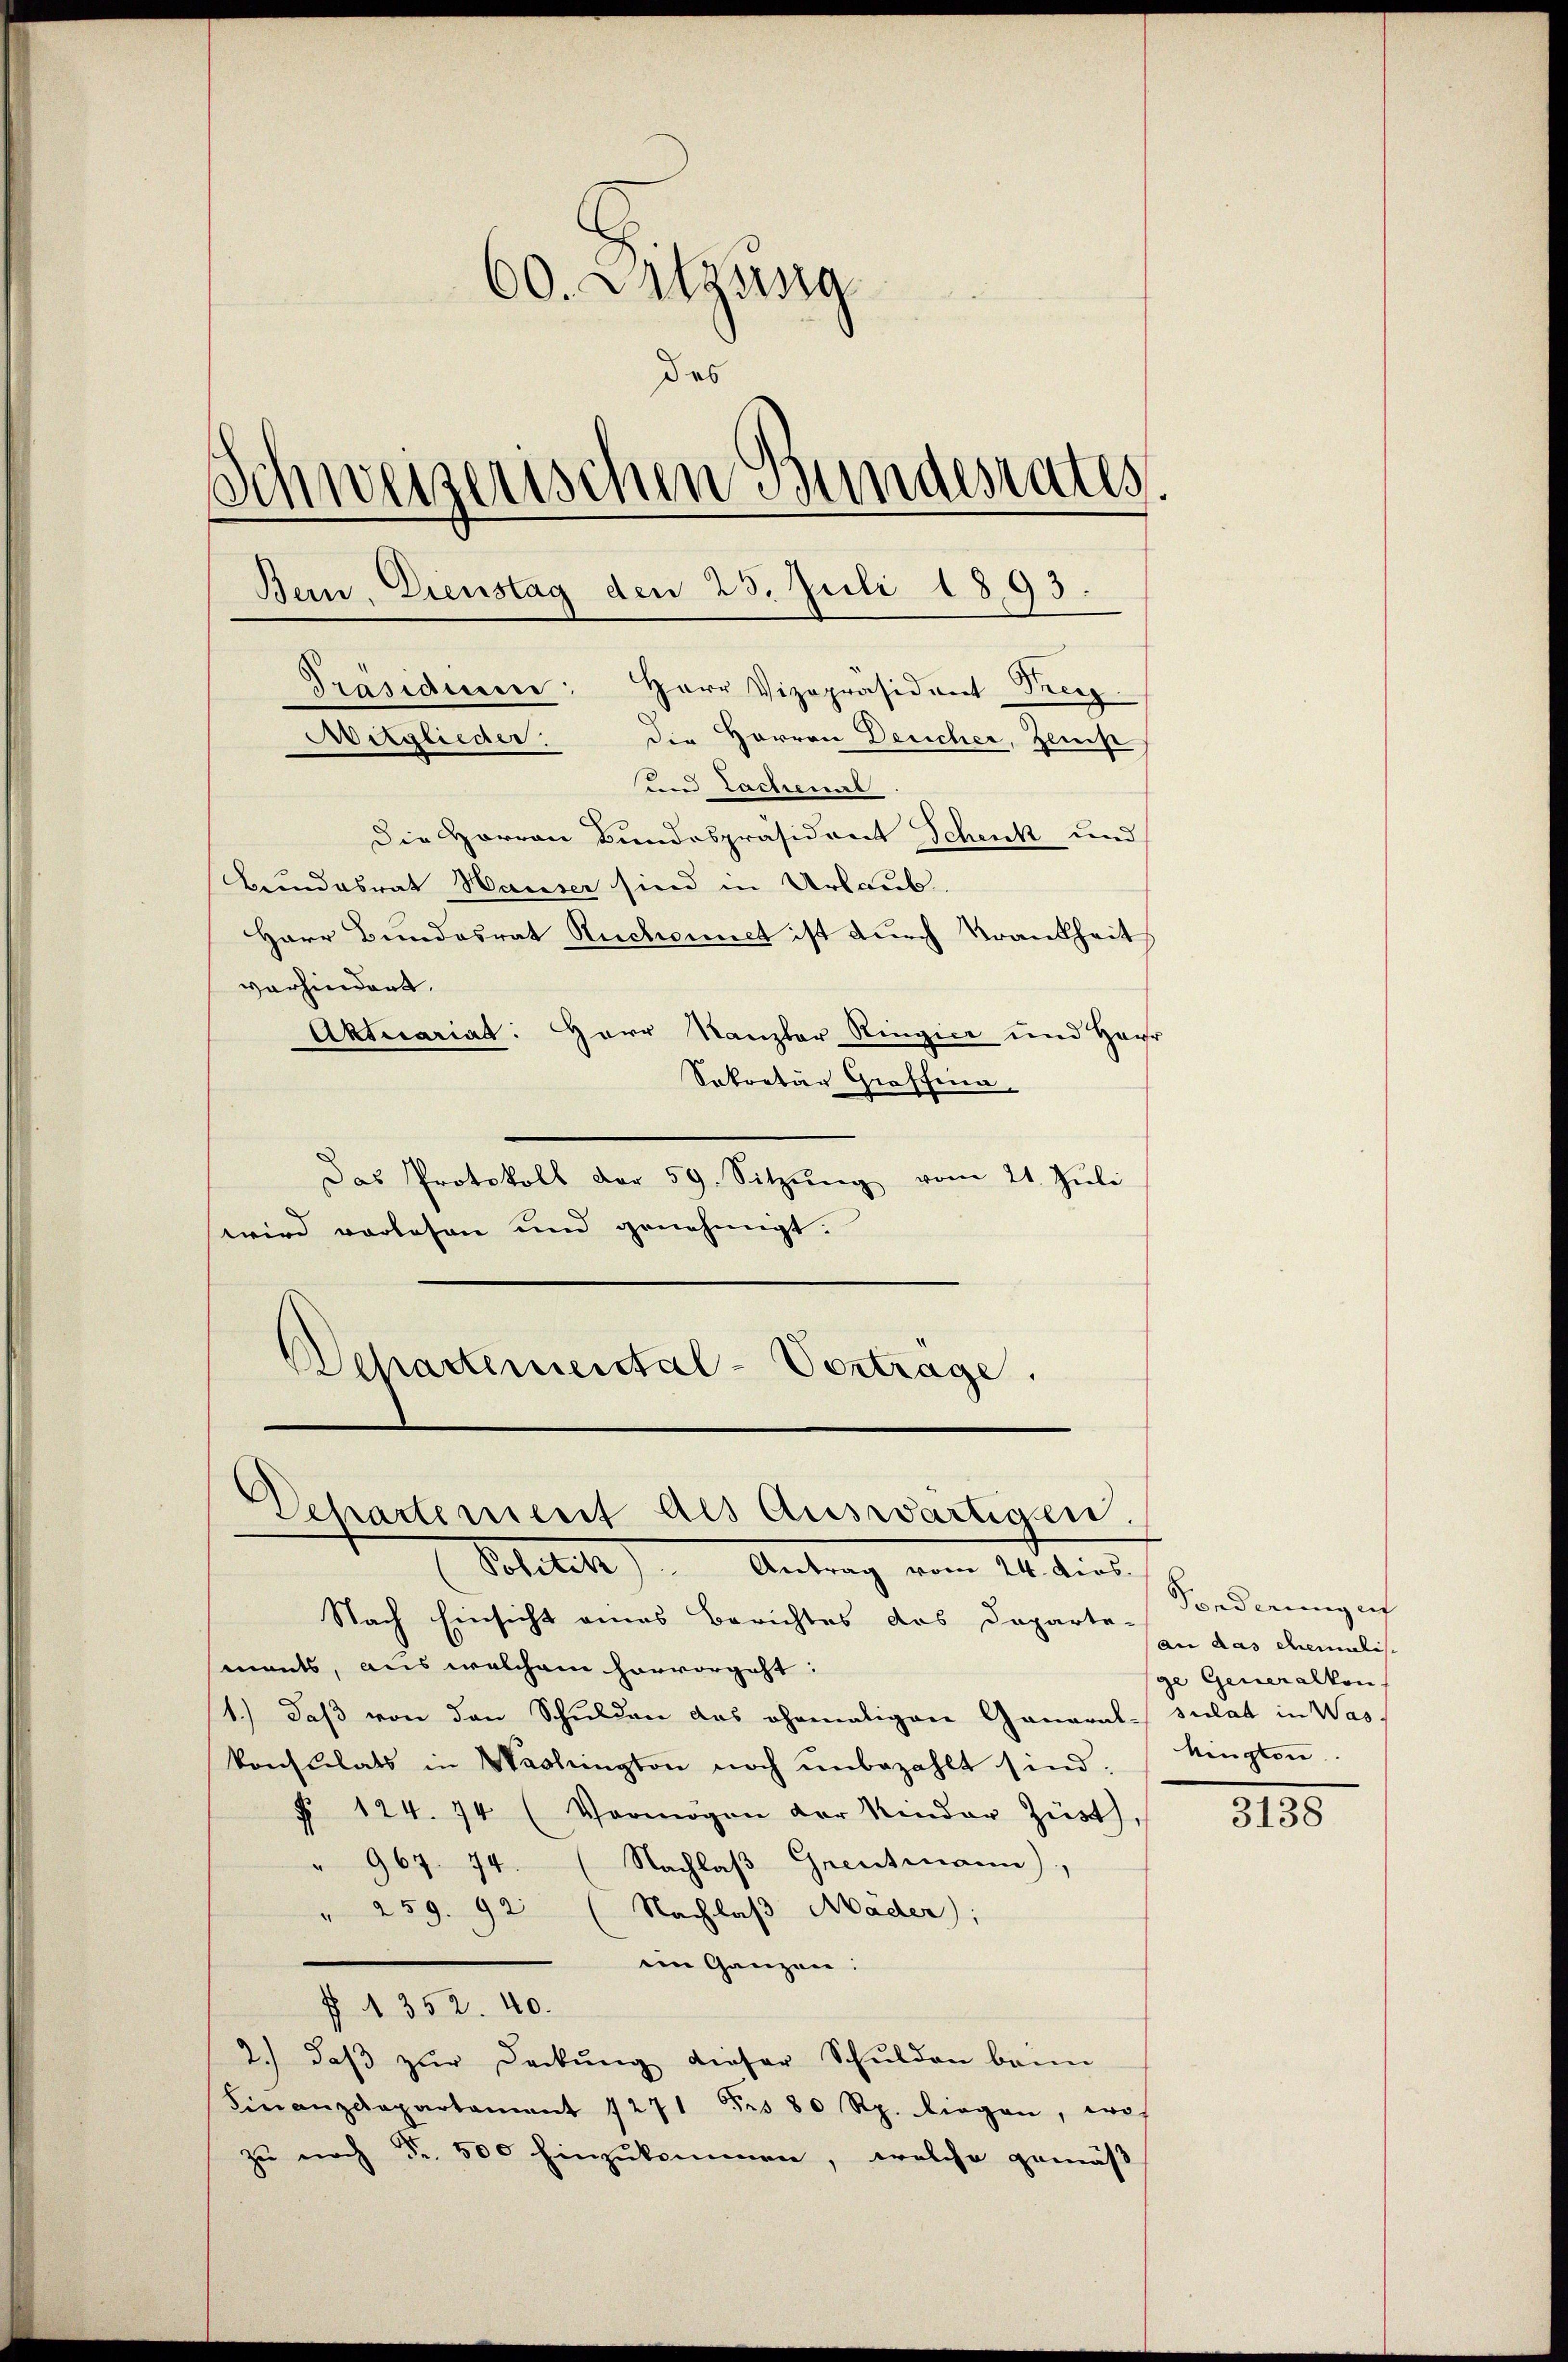
60. Julyssig
des
Schweizerischen Bundesrates.
Bein. Dienstag den 23. Juli 1893.
Präsidiere: Herr Vizepräsident Reg
Aitglieder.
die Herren Deucher, Zeich
und Lachenal
Die Herren Bundespräsident Schenk und
Bundesrat Hauser sind in Urlaub

vorhindert.
Aktuariat: Herr Kanzler Ringier und Haur
Sekretär Graffina
Das Protokoll der 59. Sitzŭng vom 21. Jŭli
wird vorlesen und genehmigt.
Schartemental-Vertrage.

Herr Bundesrat Ruchonnet ist durch Krankheit

Departement des Auswärtigen.
(Politik. Antrag vom 24. dies

Nach Einsicht eines Berichtes des Daparte-
ments, aus welchem hervorgeht:
1.) Daß von den Schulden das ehemaligen Ganaral-sulat in Was
konsulats in Washington noch unbezahlt sind.
§ 124. 74 (Vermögen der Kinder Züst,
" 967. 74. (Nachlaβ Grenzmann),
" 259. 92 (Nachlaß Mäder),
eim Ganzen:
f A 352. 40.
2.) daβ zŭr Deckŭng dieser Schulden beim
Finanzdepartament 1271 Fr. 80 Rp. liegen, erf
zu noch Fr. 500 hinzukommen, welche gemäß

Fonderung inf
(an das ehemalisc
ge Generalkon.
kingten.

3138